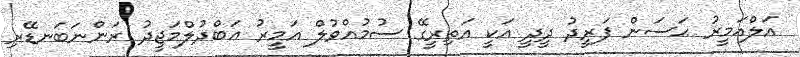
އަލްއަމީރު ޙަސަން ފަރީދު ދީދީ އަކީ އަތިރީގޭ ސުމުއްވުލް އަމީރު ޢަބްދުލްމަޖީދު ރަންނަބަނޑޭރި